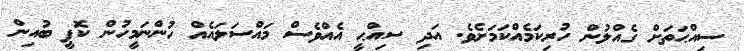
ސިއްޙަތަށް ގެއްލުން ހުރިކަމެއްކަމަށެވެ. އަދި ސިއްޙީ އެއްވެސް މައްސަލައެއް ހުންނަމީހުން ކޮޕީ ބުއިން